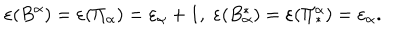
\varepsilon ( B ^ { \alpha } ) = \varepsilon ( \Pi _ { \alpha } ) = \varepsilon _ { \alpha } + 1 , \; \varepsilon ( B _ { \alpha } ^ { \ast } ) = \varepsilon ( \Pi _ { \ast } ^ { \alpha } ) = \varepsilon _ { \alpha } .